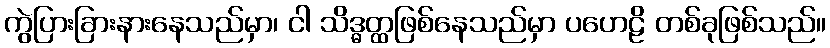
ကွဲပြားခြားနားနေသည်မှာ၊ ငါ သိဒ္ဓတ္ထဖြစ်နေသည်မှာ ပဟေဠိ တစ်ခုဖြစ်သည်။